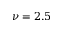
\nu = 2 . 5